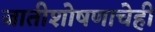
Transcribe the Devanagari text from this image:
जातीशोषणाचेही